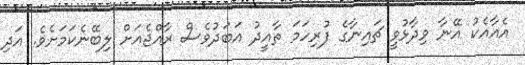
އެއާއެކު އޭނާ ވިދާޅުވީ ޗައިނާގެ ފުރިހަމަ ތާއީދު އަބަދުވެސް ރާއްޖެއަށް ލިބޭނެކަމަށެވެ. އަދި